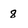
Character: 8